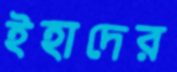
ইহাদের